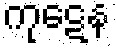
ကုဋေန